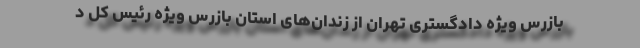
بازرس ویژه دادگستری تهران از زندان‌های استان بازرس ویژه رئیس کل د